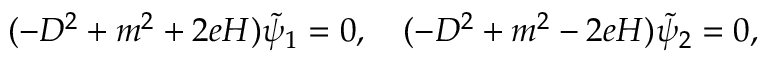
( - D ^ { 2 } + m ^ { 2 } + 2 e H ) \tilde { \psi } _ { 1 } = 0 , \quad ( - D ^ { 2 } + m ^ { 2 } - 2 e H ) \tilde { \psi } _ { 2 } = 0 ,